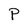
Character: P